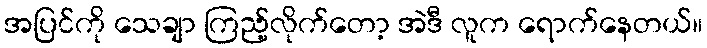
အပြင်ကို သေချာ ကြည့်လိုက်တော့ အဲဒီ လူက ရောက်နေတယ်။